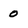
Character: 0